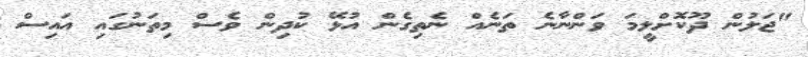
"ޖަލުން ދޫކޮށްލީމަ ވަންނާނެ ތަނެއް ނެތިގެން އުޅޭ ކުދިން ވެސް މިތަނުގައި އައިސް